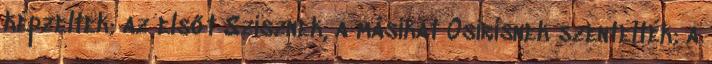
képzeltek; az elsőt Szisznek, a másikat Osirisnek szentelték; a